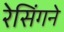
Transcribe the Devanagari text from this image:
रेसिंगने